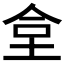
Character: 𡋛